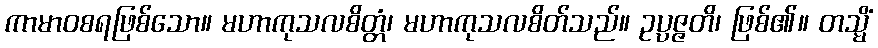
ကာမာဝစရဖြစ်သော။ မဟာကုသလစိတ္တံ၊ မဟာကုသလစိတ်သည်။ ဥပ္ပဇ္ဇတိ၊ ဖြစ်၏။ တသ္မိံ